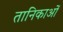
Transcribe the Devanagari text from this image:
तानिकाओं